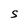
Character: S